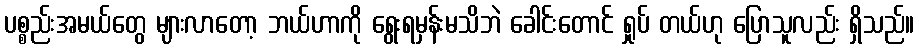
ပစ္စည်းအမယ်တွေ များလာတော့ ဘယ်ဟာကို ရွေးရမှန်းမသိဘဲ ခေါင်းတောင် ရှုပ် တယ်ဟု ပြောသူလည်း ရှိသည်။